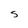
Character: S